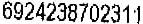
6924238702311